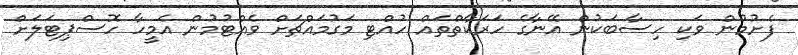
ފެށުމުން ވަކި ހިސާބަކުން އޭނާގެ ހަރަކާތްތައް ހުއްޓި މަގުމައްޗަށް ވެއްޓުމުން އެމީހާ ހޮސްޕިޓަލަށް